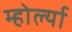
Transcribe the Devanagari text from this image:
म्होर्ल्या